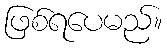
ဖြစ်ရပေမည်။